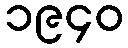
၁၉၄၀